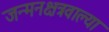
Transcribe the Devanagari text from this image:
जन्मनक्षत्रवाल्या